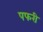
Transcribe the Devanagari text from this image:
पफरी